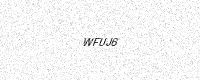
Text: WFUJ6